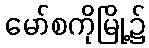
မော်စကိုမြို့၌